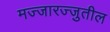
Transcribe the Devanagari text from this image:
मज्जारज्जुतील